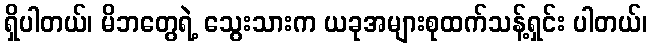
ရှိပါတယ်၊ မိဘတွေရဲ့ သွေးသားက ယခုအများစုထက်သန့်ရှင်း ပါတယ်၊